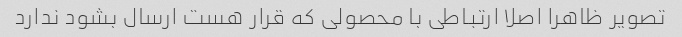
تصویر ظاهرا اصلا ارتباطی با محصولی که قرار هست ارسال بشود ندارد